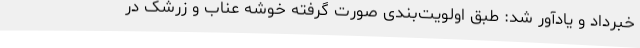
خبرداد و یادآور شد: طبق اولویت‌بندی صورت گرفته خوشه عناب و زرشک در